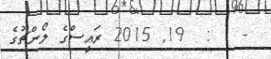
-   :  19